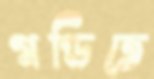
গণ্ডিতে